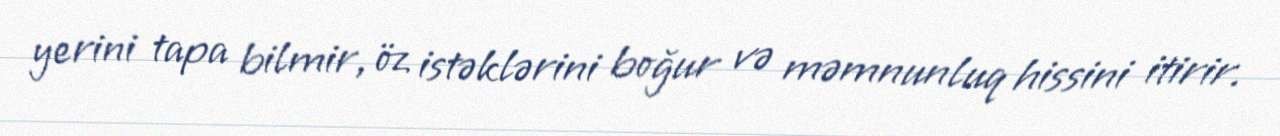
yerini tapa bilmir, öz istəklərini boğur və məmnunluq hissini itirir.